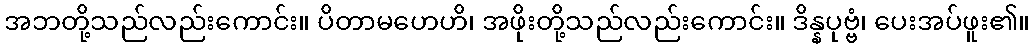
အဘတို့သည်လည်းကောင်း။ ပိတာမဟေဟိ၊ အဖိုးတို့သည်လည်းကောင်း။ ဒိန္နပုဗ္ဗံ၊ ပေးအပ်ဖူး၏။